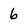
Character: 6